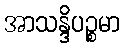
အာသန္ဒိပဉ္စမာ